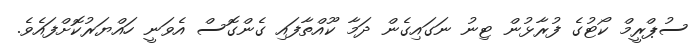
ސުޕްރީމް ކޯޓުގެ ފުރާޅުން ޓިނު ނަގައިގެން ދަމާ ކޫއްތާފައި ގެންގޮސް އެވަނީ ހައްޔަރުކޮށްފައެވެ.